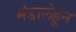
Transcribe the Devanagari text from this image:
मंडालेहून